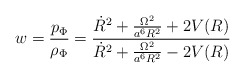
\begin{align*}w =\frac{p_\Phi}{\rho_\Phi}=\frac{\dot{R}^{2}+\frac{\Omega^{2}}{a^{6}R^{2}}+2V(R)}{\dot{R}^{2}+\frac{\Omega^{2}}{a^{6}R^{2}}-2V(R)}\end{align*}